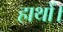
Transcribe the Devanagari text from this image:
हाथों।